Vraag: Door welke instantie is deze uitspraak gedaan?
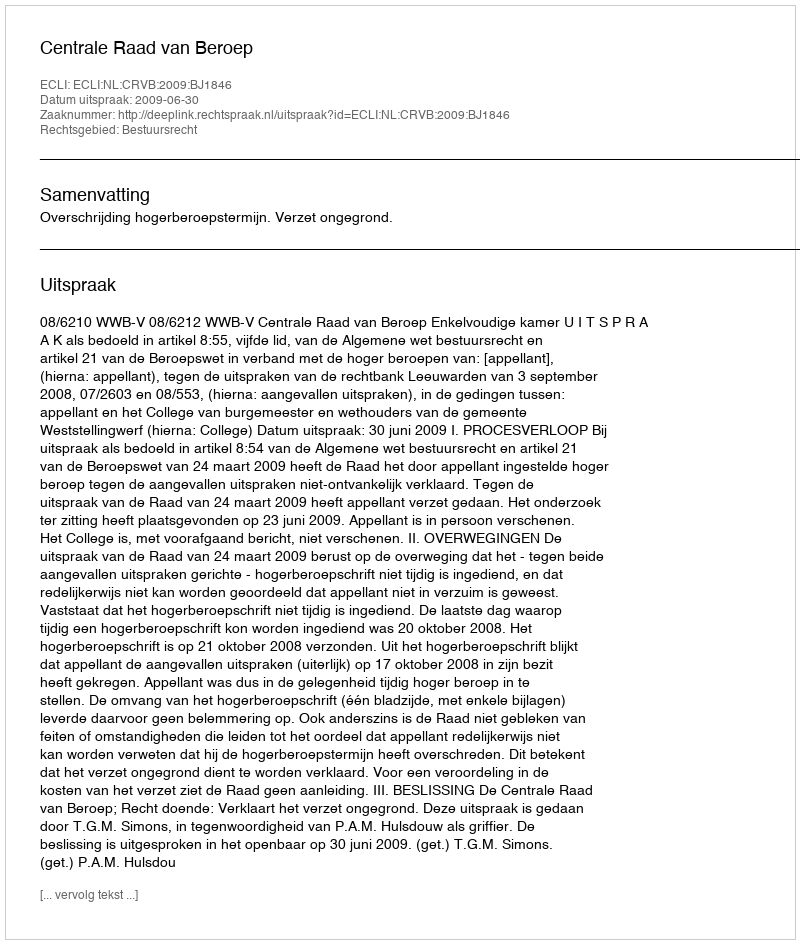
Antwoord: Centrale Raad van Beroep